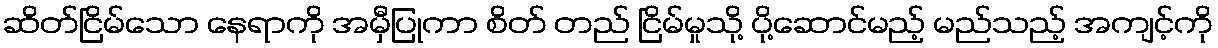
ဆိတ်ငြိမ်သော နေရာကို အမှီပြုကာ စိတ် တည် ငြိမ်မှုသို့ ပို့ဆောင်မည့် မည်သည့် အကျင့်ကို